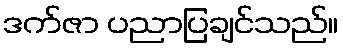
ဒက်ဇာ ပညာပြချင်သည်။